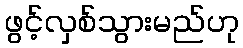
ဖွင့်လှစ်သွားမည်ဟု